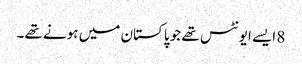
8 ایسے ایونٹس تھے جو پاکستان میں ہونے تھے۔